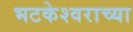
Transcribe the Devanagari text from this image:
भटकेश्वराच्या